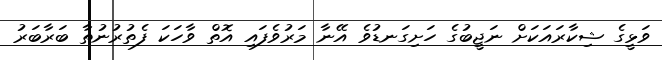
ވަޅީގެ ޝިކާރައަކަށް ނަޖީބުގެ ހަށިގަނޑުވެ އޭނާ މަރުވެފައި އޮތް ވާހަކަ ފެތުރުނުތާ ބަރާބަރު